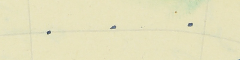
.    .    .